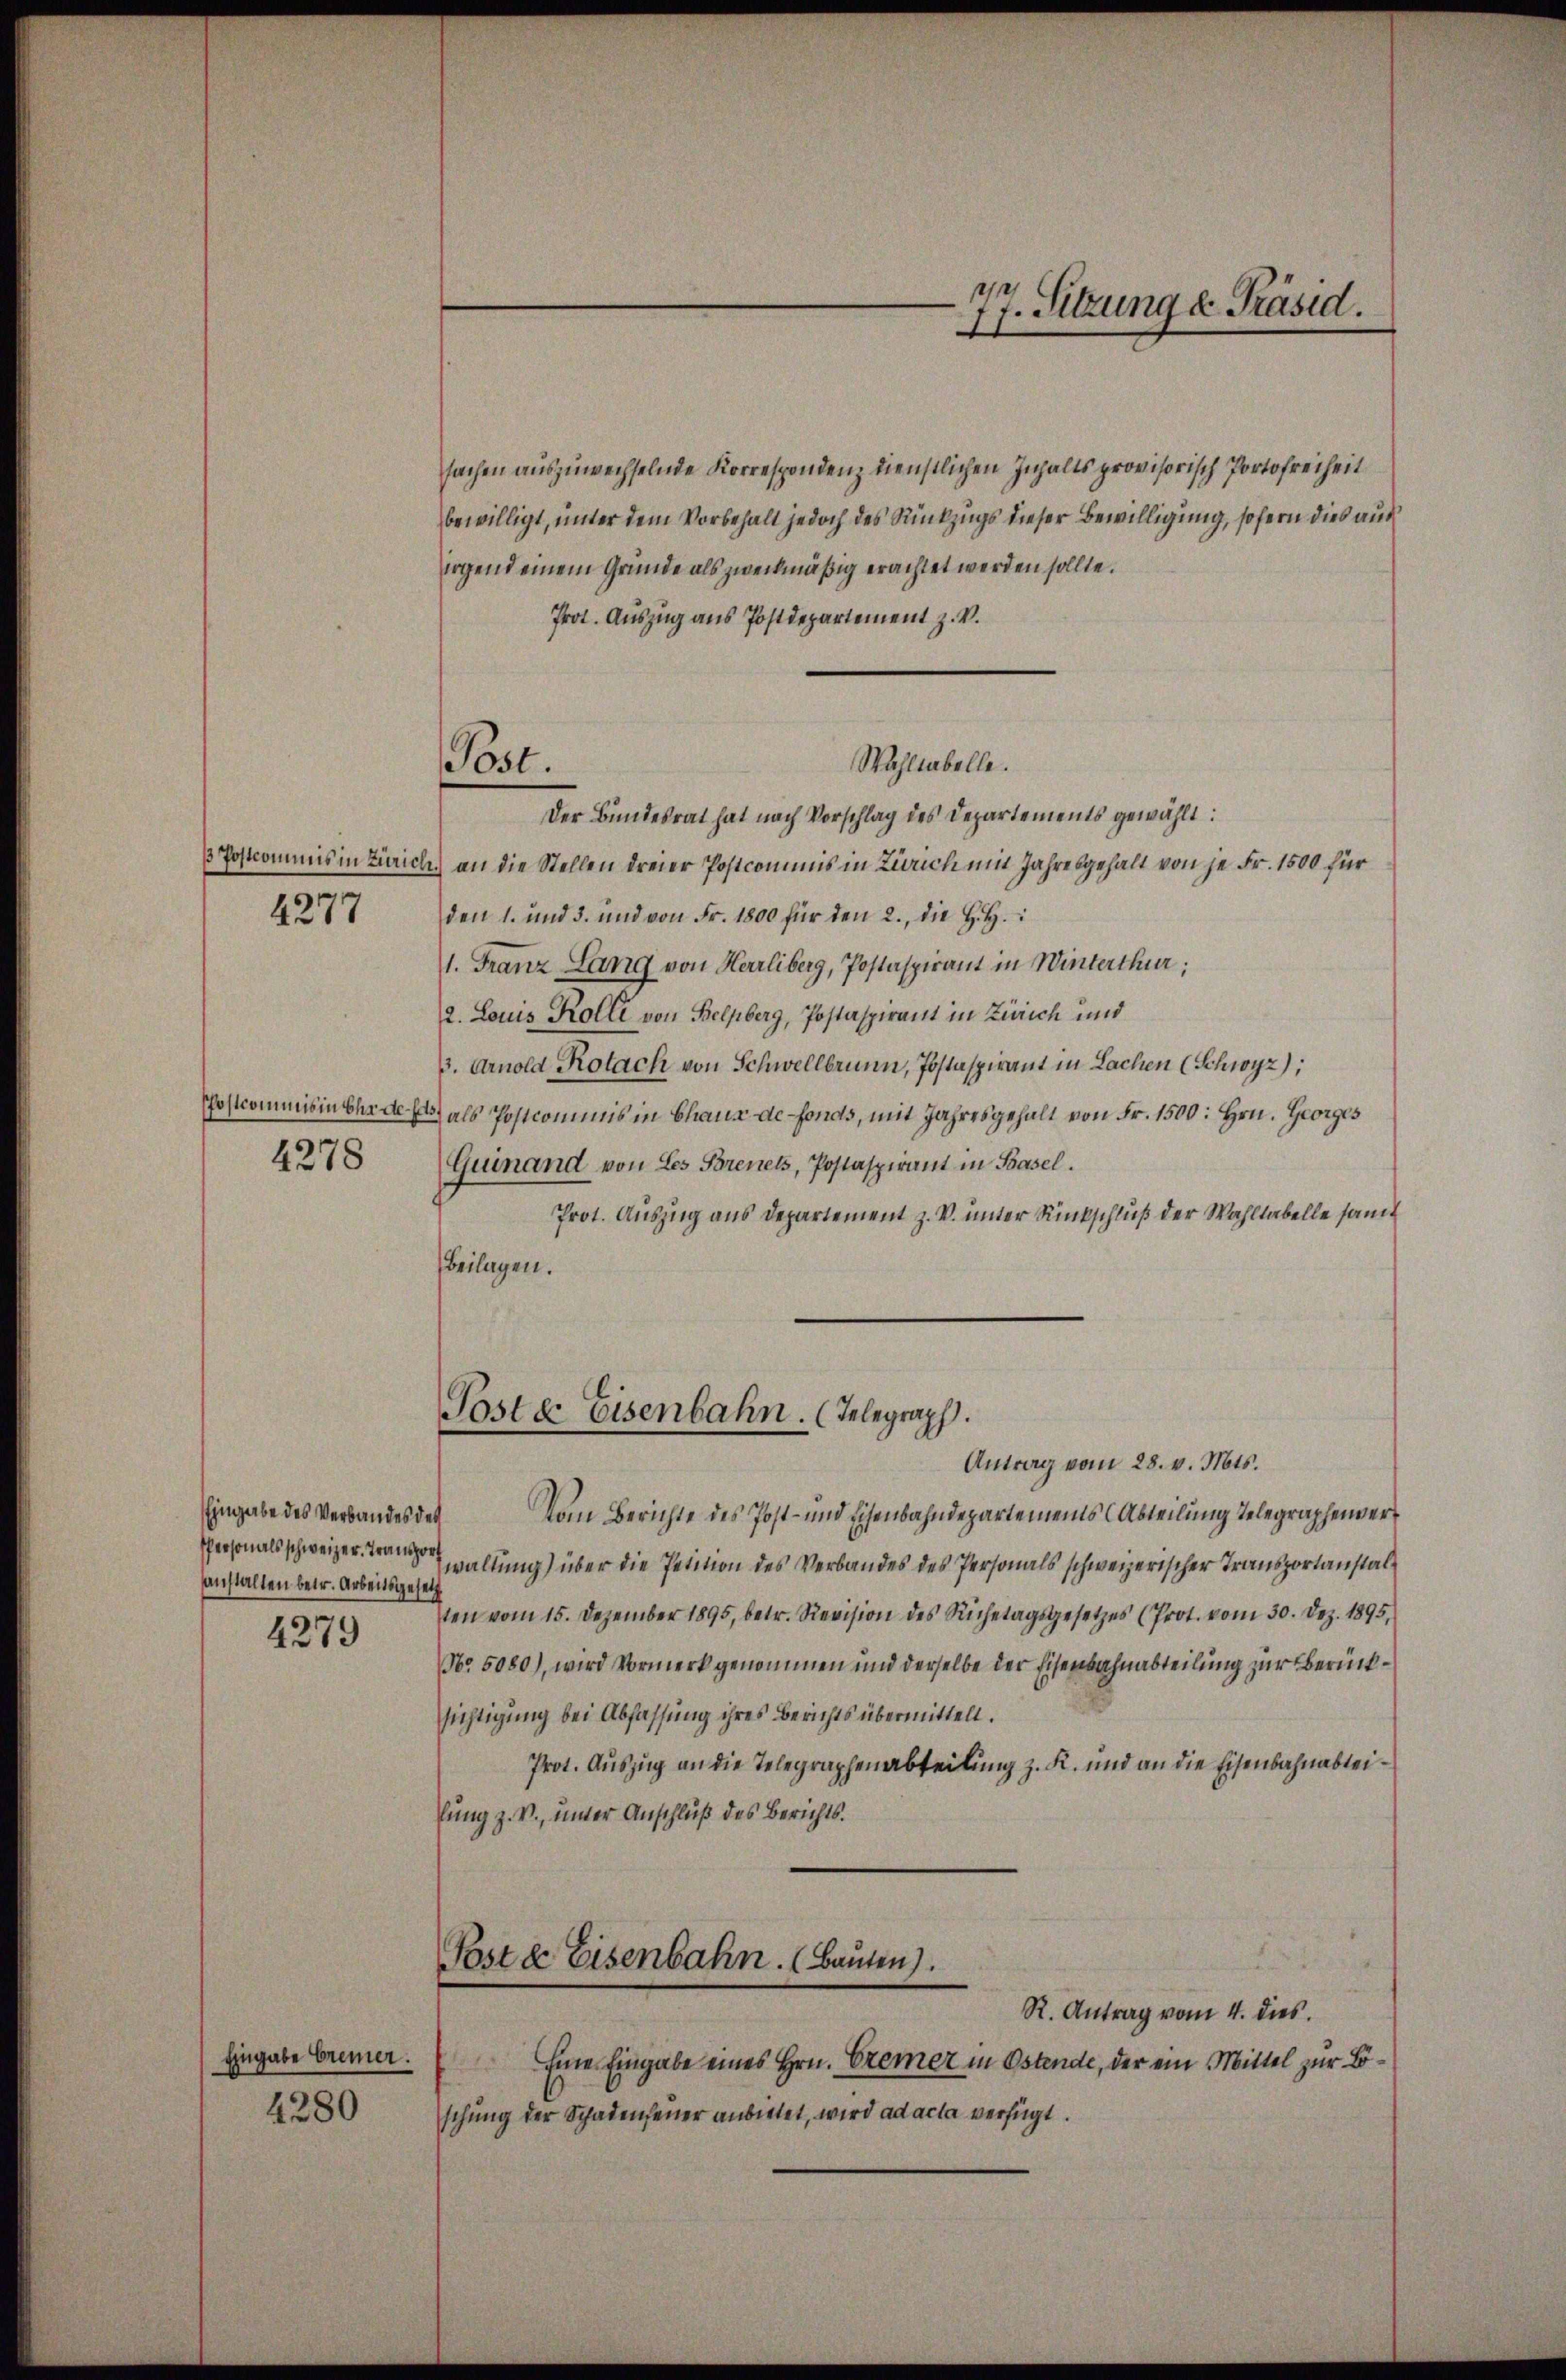
4277

4278

Eingabe des Verbandes des
Personals schweizer. Transport
anstalten betr. Arbeitsgesetz

4279

Eingabe Bremer.
4380

sachen auszuwechselnde Korrespondenz dienstlichen Inhalts provisorisch Portofreiheit
bewilligt, unter dem Vorbehalt jedoch des Rückzugs dieser Bewilligung, sofern dies aus
irgend einem Gründe als zweckmäßig erachtet werden sollte.
Prot. Auszug aus Postdepartement z. V.
Wahlabelle.
Der Bundesrat hat nach Vorschlag des Departements gewählt:
 Postcommis in Zürich, an die Stellen dreier Postcommis in Zürich mit Jahresgehalt von je Fr. 1500 für
den 1. und 3. und von Fr. 1800 für den 2., die H.H.
1. Franz Lang von Herrliberg, Postaspirant in Winterthur;
2. Louis Kolle von Belpberg, Postaspirant in Zürich und
3. Arnold Rotach von Schwellbrunn, Postaspirant in Lachen (Schwyz);
Postcommis in ehr der als Postcommis in Chaus de-Fonds, mit Jahresgehalt von Fr. 1500: Hrn. Georges
Guinand von Les Porenels, Postaspirant in Basel.
Prot. Auszug aus Departement z. V. unter Rückschluß der Wahltabelle samt
Beilagen.
Poste Eisenbahn. (Telegraph.
Antrag vom 28. v. Mts.
Vom Berichte des Post- und Eisenbahndepartements (Abteilung Telegraphenverwaltung) über die Petition des Verbandes des Personals schweizerischer Transportanstalten vom 15. Dezember 1895, betr. Revision des Ruhetagsgesetzes (Prot. vom 30. Dez. 1895,
No 5080), wird Vormerk genommen und derselbe der Eisenbahnabteilung zur Berücksichtigung bei Abfassung ihres Berichts übermittelt.
Prot. Auszug an die Telegraphenabteilung z. K. und an die Eisenbahnabteilung z. B., unter Anschluß des Berichts¬
Poste Eisenbahn. (Bauten).
R. Antrag vom 4. dies
Eine Eingabe eines Hrn. Cremer in Ostende, der ein Mittel zur Löschung der Schadenfeuer anbietet, wird ad acta verfügt.

Post.

77. Sitzung u. Präsid.